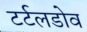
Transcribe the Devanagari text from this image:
टर्टलडोव